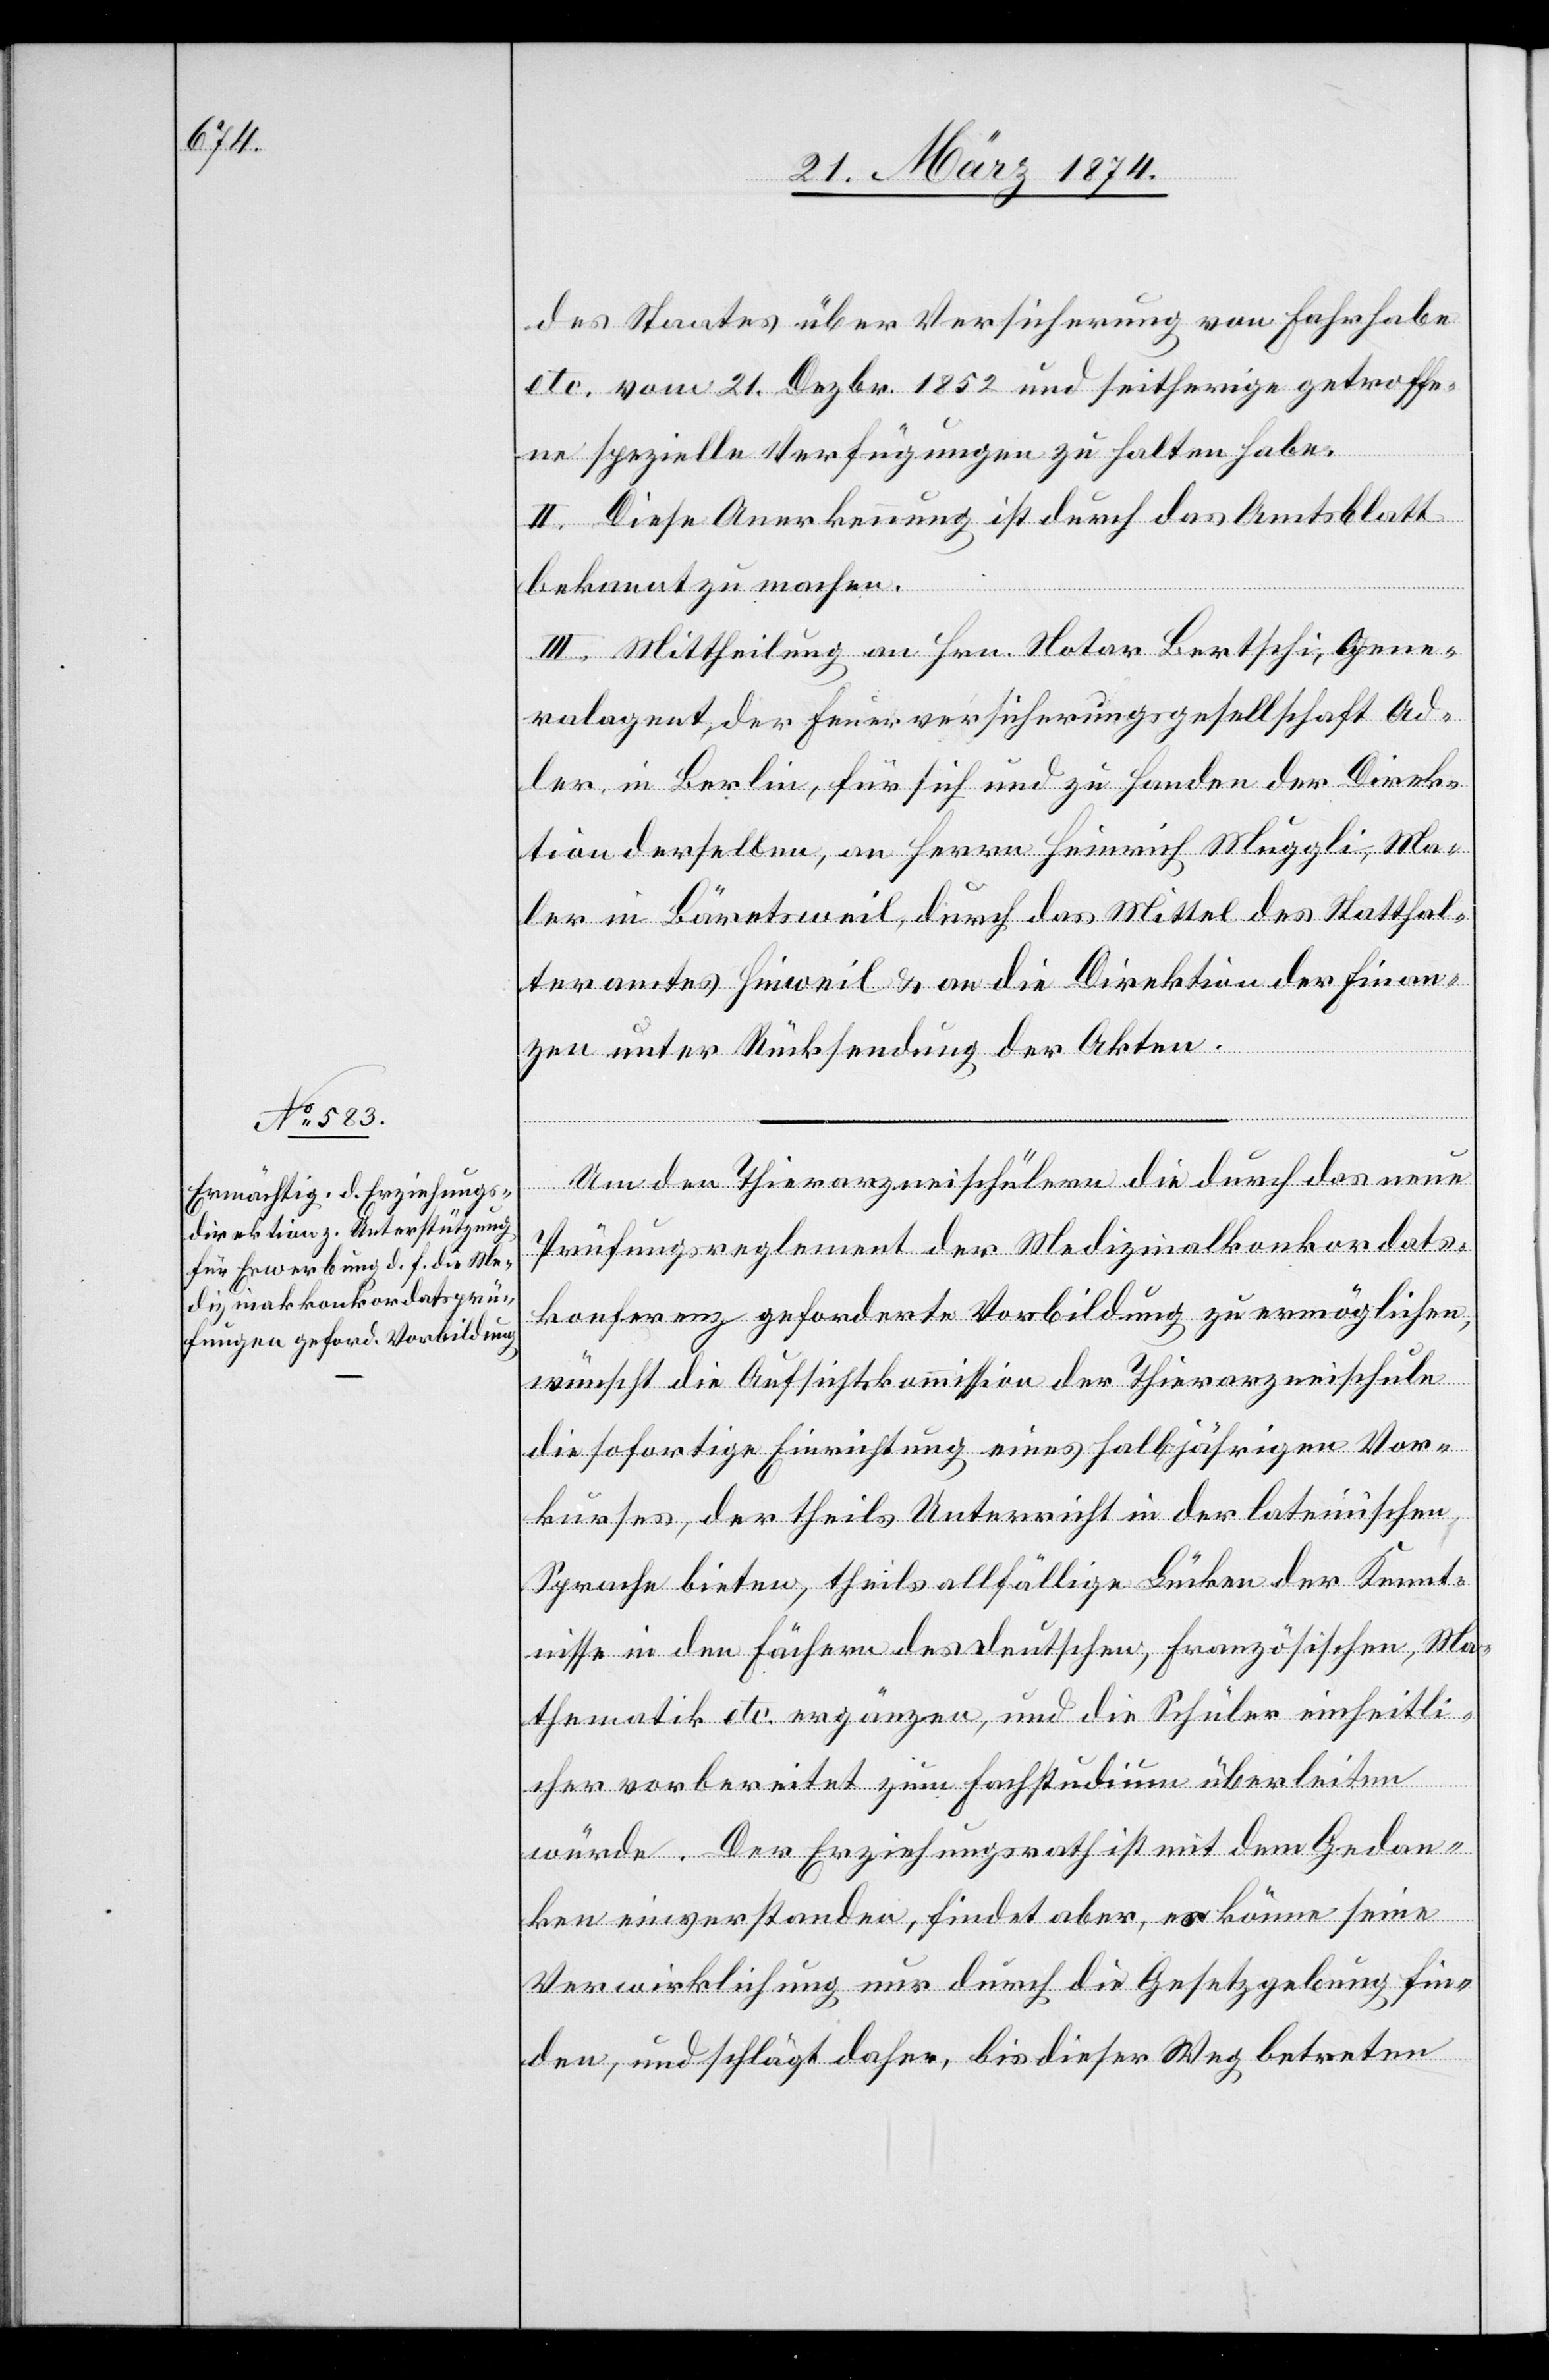
des Staates über Versicherung von Fahrhabe
etc. vom 21. Dezbr. 1852 und seitherige getroffe¬
ne spezielle Verfügungen zu halten habe.
II. Diese Anerkennung ist durch das Amtsblatt
bekannt zu machen.
III. Mittheilung an Hrn. Notar Bertschi, Gene¬
ralagent der Feuerversicherungsgesellschaft Ad¬
ler in Berlin, für sich und zu Handen der Direk¬
tion derselben, an Herrn Heinrich Muggli, Ma¬
ler in Bäretsweil, durch das Mittel des Statthal¬
teramtes Hinweil u. an die Direktion der Finan¬
zen unter Rücksendung der Akten.
Von den Thierarzneischulen die durch das neue
Prüfungsreglement der Medizinalkonkordats¬
konferenz geforderte Vorbildung zu ermöglichen,
wünscht die Aufsichtskommission der Thierarzneischule
die sofortige Einrichtung eines halbjährigen Vor¬
kurses, der theils Unterricht in der lateinischen
Sprache bieten, theils allfällige Lücken der Kennt¬
nisse in den Fächern des Deutschen, Französischen, Ma¬
thematik etc. ergänzen, und die Schüler einheitli¬
cher vorbereitet zum Fachstudium überleiten
würde. Der Erziehungsrath ist mit dem Gedan¬
ken einverstanden, findet aber, er könne seine
Verwirklichung nur durch die Gesetzgebung fin¬
den, und schlägt daher, bis dieser Weg betreten